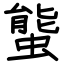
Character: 螚